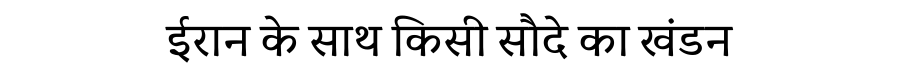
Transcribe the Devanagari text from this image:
ईरान के साथ किसी सौदे का खंडन